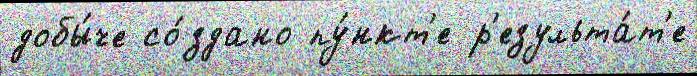
добы́че со́здано пу́нкт'е р'езульта́т'е